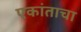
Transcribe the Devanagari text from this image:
एकांताचा